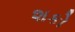
શકો